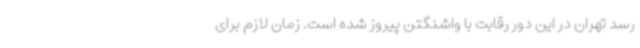
رسد تهران در این دور رقابت با واشنگتن پیروز شده است. زمان لازم برای